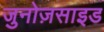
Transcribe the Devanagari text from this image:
जुनोज़साइड